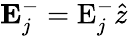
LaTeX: \textbf{E}_{j}^{-}=\textrm{E}_{j}^{-}\hat{z}